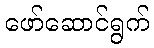
ဖော်ဆောင်ရွက်